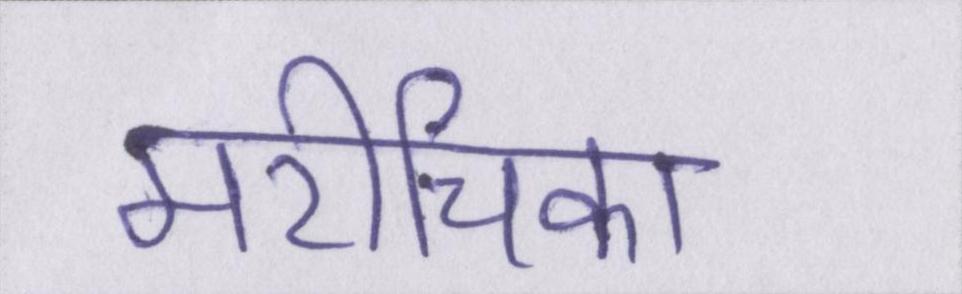
मरीचिका